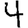
Digit: 4